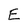
Character: E